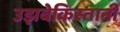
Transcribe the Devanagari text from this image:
उझबेकिस्तानी